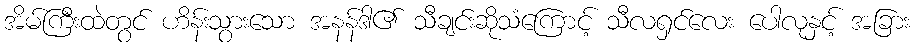
အိမ်ကြီးထဲတွင် ဟိန်းသွားသော အနန်ဒါ၏ သီချင်းဆိုသံကြောင့် သီလရှင်လေး ပေါလုနှင့် အခြား